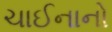
ચાઈનાનો